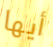
أيها